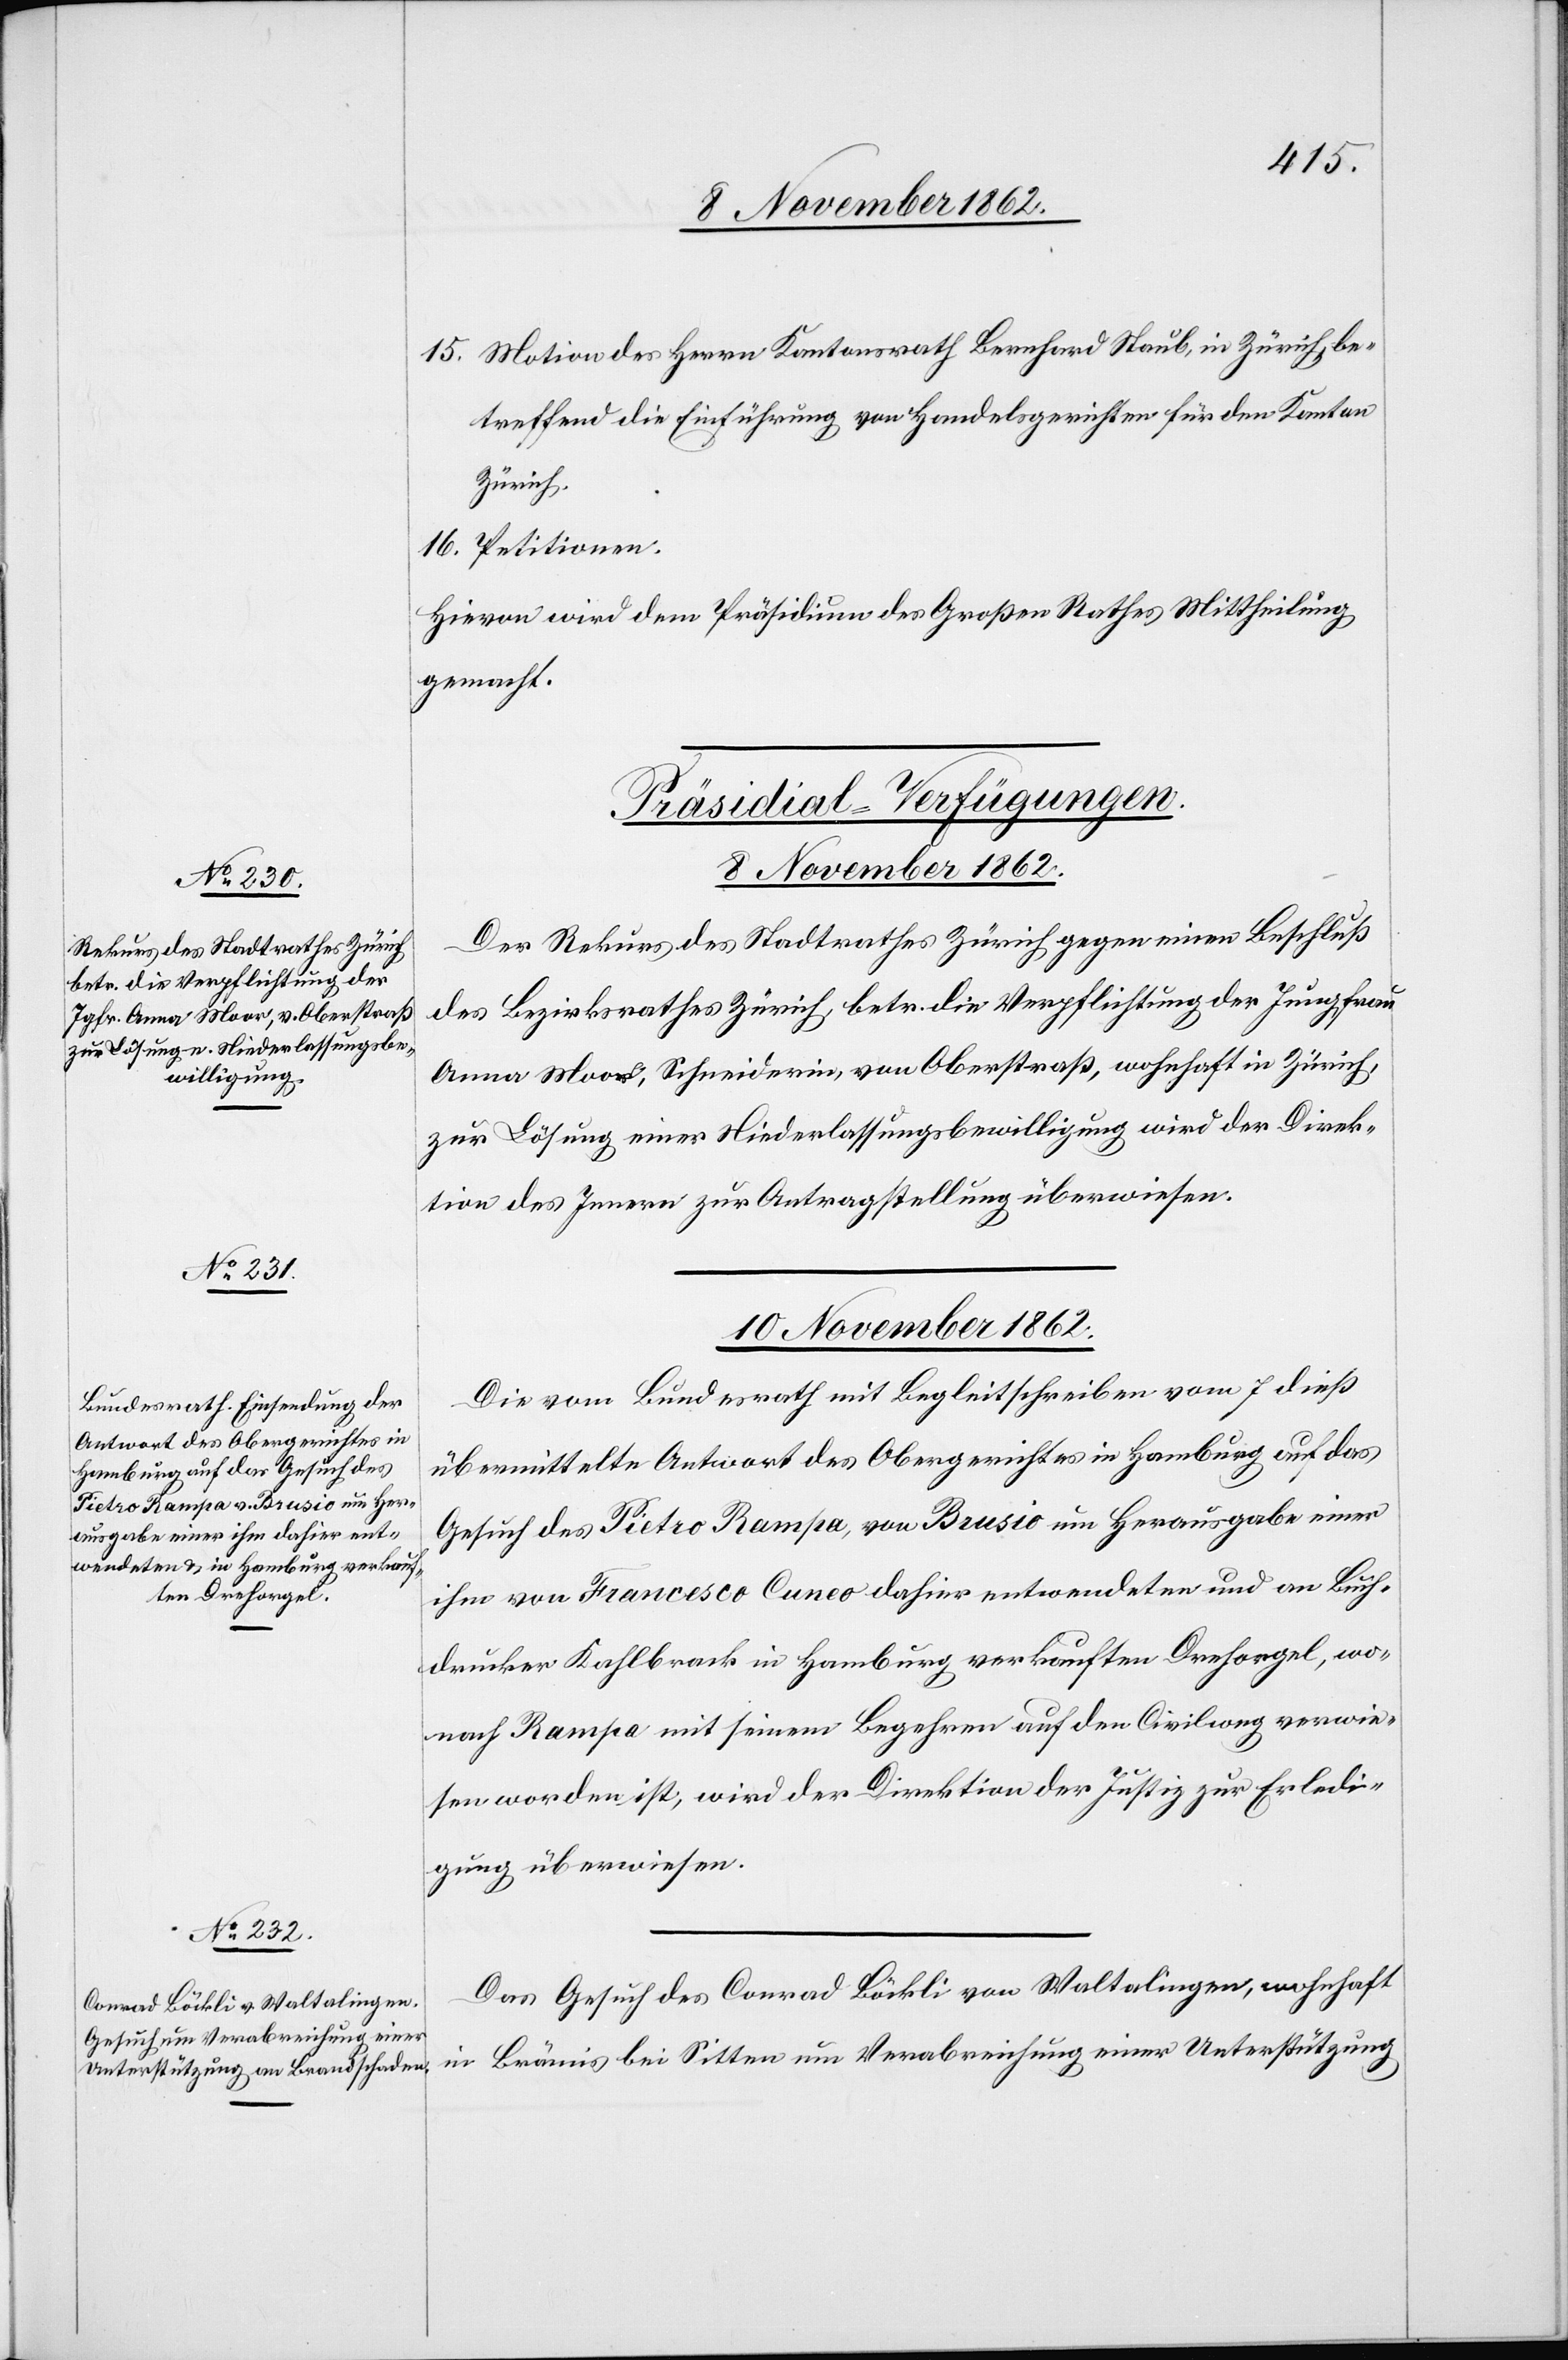
10. November 1862.]
15. Motion des Herrn Kantonsrath Bernhard Staub, in Zürich, be¬
treffend die Einführung von Handelsgerichten für den Kanton
Zürich.
16. Petitionen.
Hievon wird dem Präsidium des Großen Rathes Mittheilung
gemacht.
[Präsidial-Verfügungen.
10. November 1862.
Der Rekurs des Stadtrathes Zürich gegen einen Beschluß
des Bezirksrathes Zürich, betr. die Verpflichtung der Jungfrau
Anna Moor, Schneiderin, von Oberstraß, wohnhaft in Zürich,
zur Lösung einer Niederlassungsbewilligung wird der Direk¬
tion des Innern zur Antragstellung überwiesen.
Die vom Bundesrath mit Begleitschreiben vom 7. dieß
übermittelte Antwort des Obergerichtes in Hamburg auf das
Gesuch des Pietro Rampa, von Brusio um Herausgabe einer
ihm von Francesco Cuneo dahier entwendeten und an Buch¬
drucker Kahlbrack in Hamburg verkauften Drehorgel, wo¬
nach Rampa mit seinem Begehren auf den Civilweg verwie¬
sen worden ist, wird der Direktion der Justiz zur Erledi¬
gung überwiesen.
Das Gesuch des Conrad Böckli von Waltalingen, wohnhaft
in Bränis bei Sitten um Verabreichung einer Unterstützung